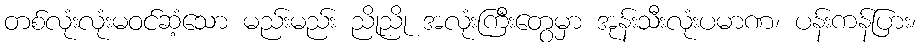
တစ်လုံးလုံးမဝင်ဆံ့သော မည်းမည်း ညိုညို အလုံးကြီးတွေမှာ အုန်းသီးလုံးပမာဏ၊ ပန်းကန်ပြား၊